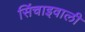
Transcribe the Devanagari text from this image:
सिंचाइवाली